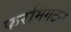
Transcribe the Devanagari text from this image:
फरमिंगटन